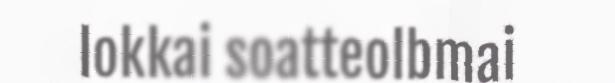
lokkai soatteolbmai